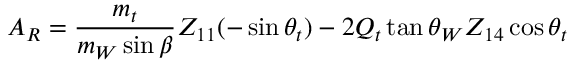
A _ { R } = { \frac { m _ { t } } { m _ { W } \sin \beta } } Z _ { 1 1 } ( - \sin \theta _ { t } ) - 2 Q _ { t } \tan \theta _ { W } Z _ { 1 4 } \cos \theta _ { t }